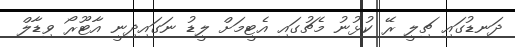
ދަނޑުގައި ޗިލީ ރޭ ކުޅުނު މެޗުގައި އެޓީމަށް ލީޑު ނަގައިދިނީ އާޓޫރޯ ވިޑާލް